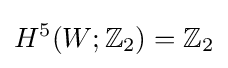
H^{5}(W;\mathbb {Z} _{2})=\mathbb {Z} _{2}